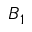
B _ { 1 }